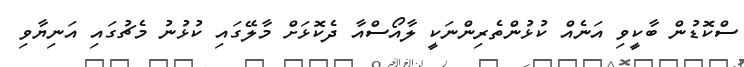
ސްކޮޑުން ބާކީވި އަނެއް ކުޅުންތެރިންނަކީ ލާއޯސްއާ ދެކޮޅަށް މާލޭގައި ކުޅުނު މެޗުގައި އަނިޔާވި